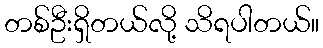
တစ်ဦးရှိတယ်လို့ သိရပါတယ်။